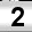
Digit: 2